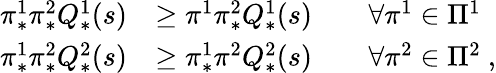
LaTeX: \begin{array}{rl}{\pi_{*}^{1}\pi_{*}^{2}Q_{*}^{1}(s)}&{\geq\pi^{1}\pi_{*}^{2}Q_{*}^{1}(s)\qquad\forall\pi^{1}\in\Pi^{1}}\\ {\pi_{*}^{1}\pi_{*}^{2}Q_{*}^{2}(s)}&{\geq\pi_{*}^{1}\pi^{2}Q_{*}^{2}(s)\qquad\forall\pi^{2}\in\Pi^{2}\ ,}\end{array}